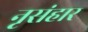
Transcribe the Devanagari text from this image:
नृसंहार